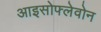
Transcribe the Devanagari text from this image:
आइसोफ्लेवोन